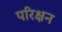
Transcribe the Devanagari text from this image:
परिक्षन